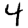
Digit: 4